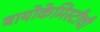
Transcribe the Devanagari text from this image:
बायोकेमिस्टीची